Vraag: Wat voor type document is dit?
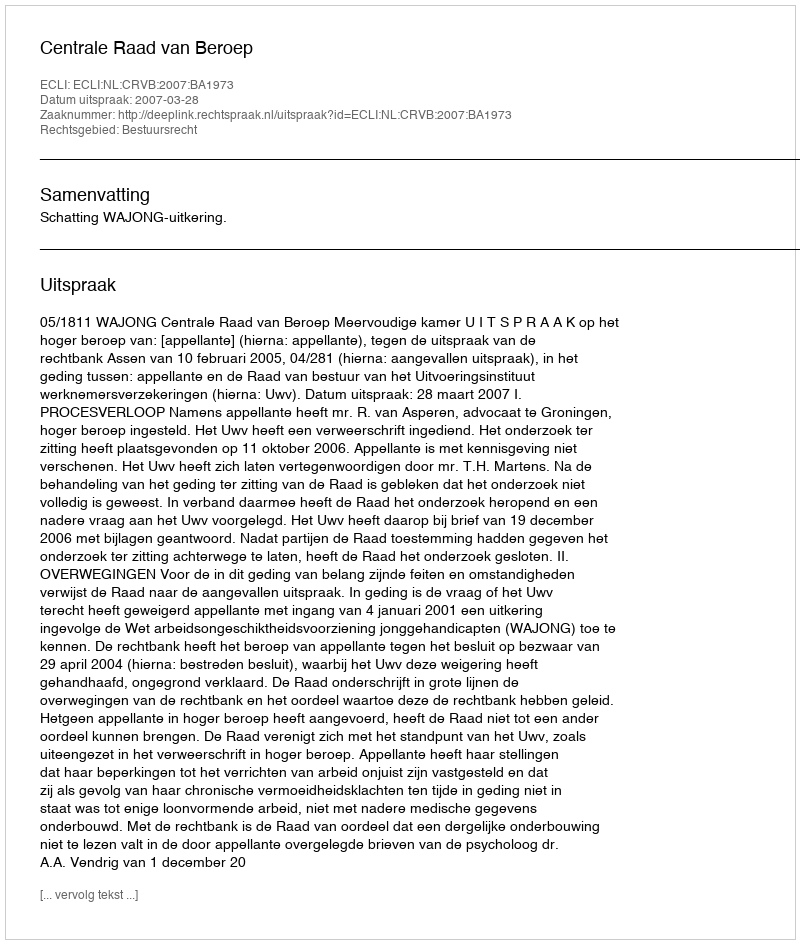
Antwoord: Uitspraak